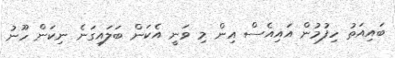
ބައިއަތު ހިފުމުން އައިއެސް އިން މި ވަނީ އެކަން ބަލައިގަނެ ނިކަން ހޫނު